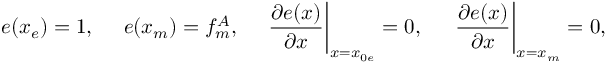
e ( x _ { e } ) = 1 , \, \, \, \, \, \, \, \, e ( x _ { m } ) = f _ { m } ^ { A } , \, \, \, \, \, \, \, \, \frac { \partial e ( x ) } { \partial x } \bigg | _ { x = x _ { 0 e } } = 0 , \, \, \, \, \, \, \, \, \, \frac { \partial e ( x ) } { \partial x } \bigg | _ { x = x _ { m } } = 0 ,